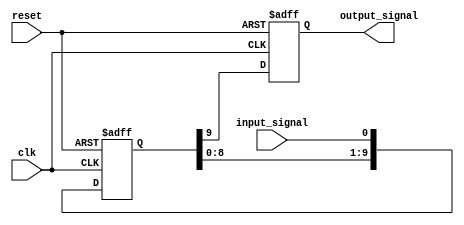
module BufferDelay (
    input wire clk,
    input wire reset,
    input wire input_signal,
    output reg output_signal
);

parameter DELAY = 10; // Total delay in clock cycles

reg [DELAY-1:0] buffer;

always @(posedge clk or posedge reset) begin
    if (reset) begin
        buffer <= 0;
        output_signal <= 0;
    end else begin
        buffer <= {buffer[DELAY-2:0], input_signal};
        output_signal <= buffer[DELAY-1];
    end
end

endmodule